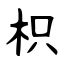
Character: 枳